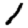
Digit: 1